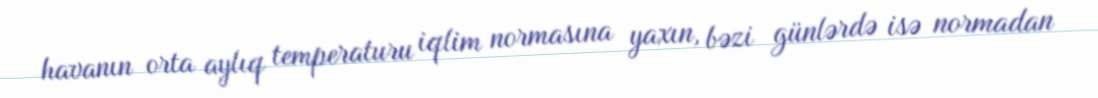
havanın orta aylıq temperaturu iqlim normasına yaxın, bəzi günlərdə isə normadan